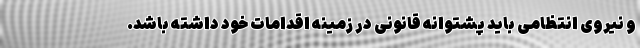
و نیروی انتظامی باید پشتوانه قانونی در زمینه اقدامات خود داشته باشد.